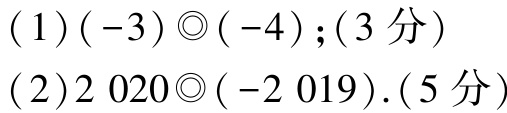
(1)$(-3)\odot(-4);(3\text{ 分})$
(2)$2020\odot(-2019).(5\text{ 分})$